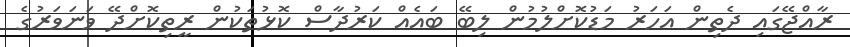
ރާއްޖޭގައި ދެތިން އަހަރު މަޑުކޮށްލުމުން ލިބޭ ބައެއް ކަރުދާސް ކޮޅުތަކުން ރީތިކޮށްދޭ ވަނަވަރުގެ